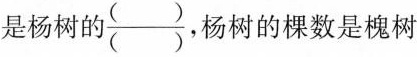
是杨树的\frac{( )}{( )},杨树的棵数是槐树